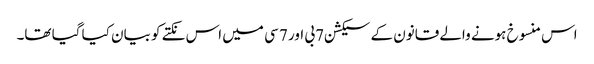
اس منسوخ ہونے والے قانون کے سیکشن 7بی اور 7 سی میں اس نکتے کو بیان کیا گیا تھا۔